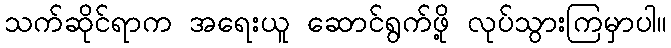
သက်ဆိုင်ရာက အရေးယူ ဆောင်ရွက်ဖို့ လုပ်သွားကြမှာပါ။